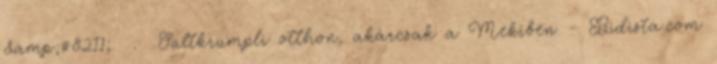
&amp;#8211; . Sültkrumpli otthon, akárcsak a Mekiben - Bidista.com